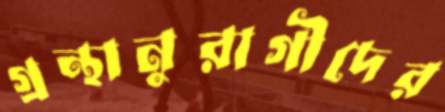
গ্রন্থানুরাগীদের